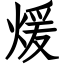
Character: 煖